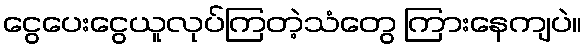
ငွေပေးငွေယူလုပ်ကြတဲ့သံတွေ ကြားနေကျပဲ။